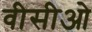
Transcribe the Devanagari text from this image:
वीसीओ